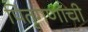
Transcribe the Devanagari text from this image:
पितृगणांची